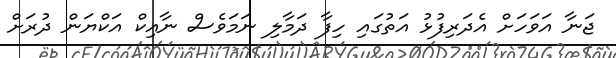
ޖަނާ އަވަހަށް އެދަރިފުޅު އަތުގައި ހިފާ ދަމާލި ނަމަވެސް ނާއިކް އަކްޔަން ދުރަށް